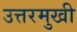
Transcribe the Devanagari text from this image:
उत्तरमुखी